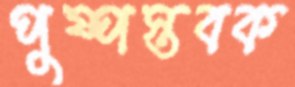
পুষ্পস্তবক